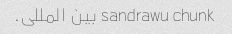
sandrawu chunk بین المللی.